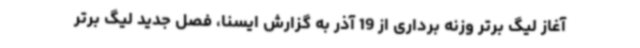
آغاز لیگ برتر وزنه برداری از 19 آذر به گزارش ایسنا، فصل جدید لیگ برتر